Vabadussoja_Ajaloo_Komitee, lk 30
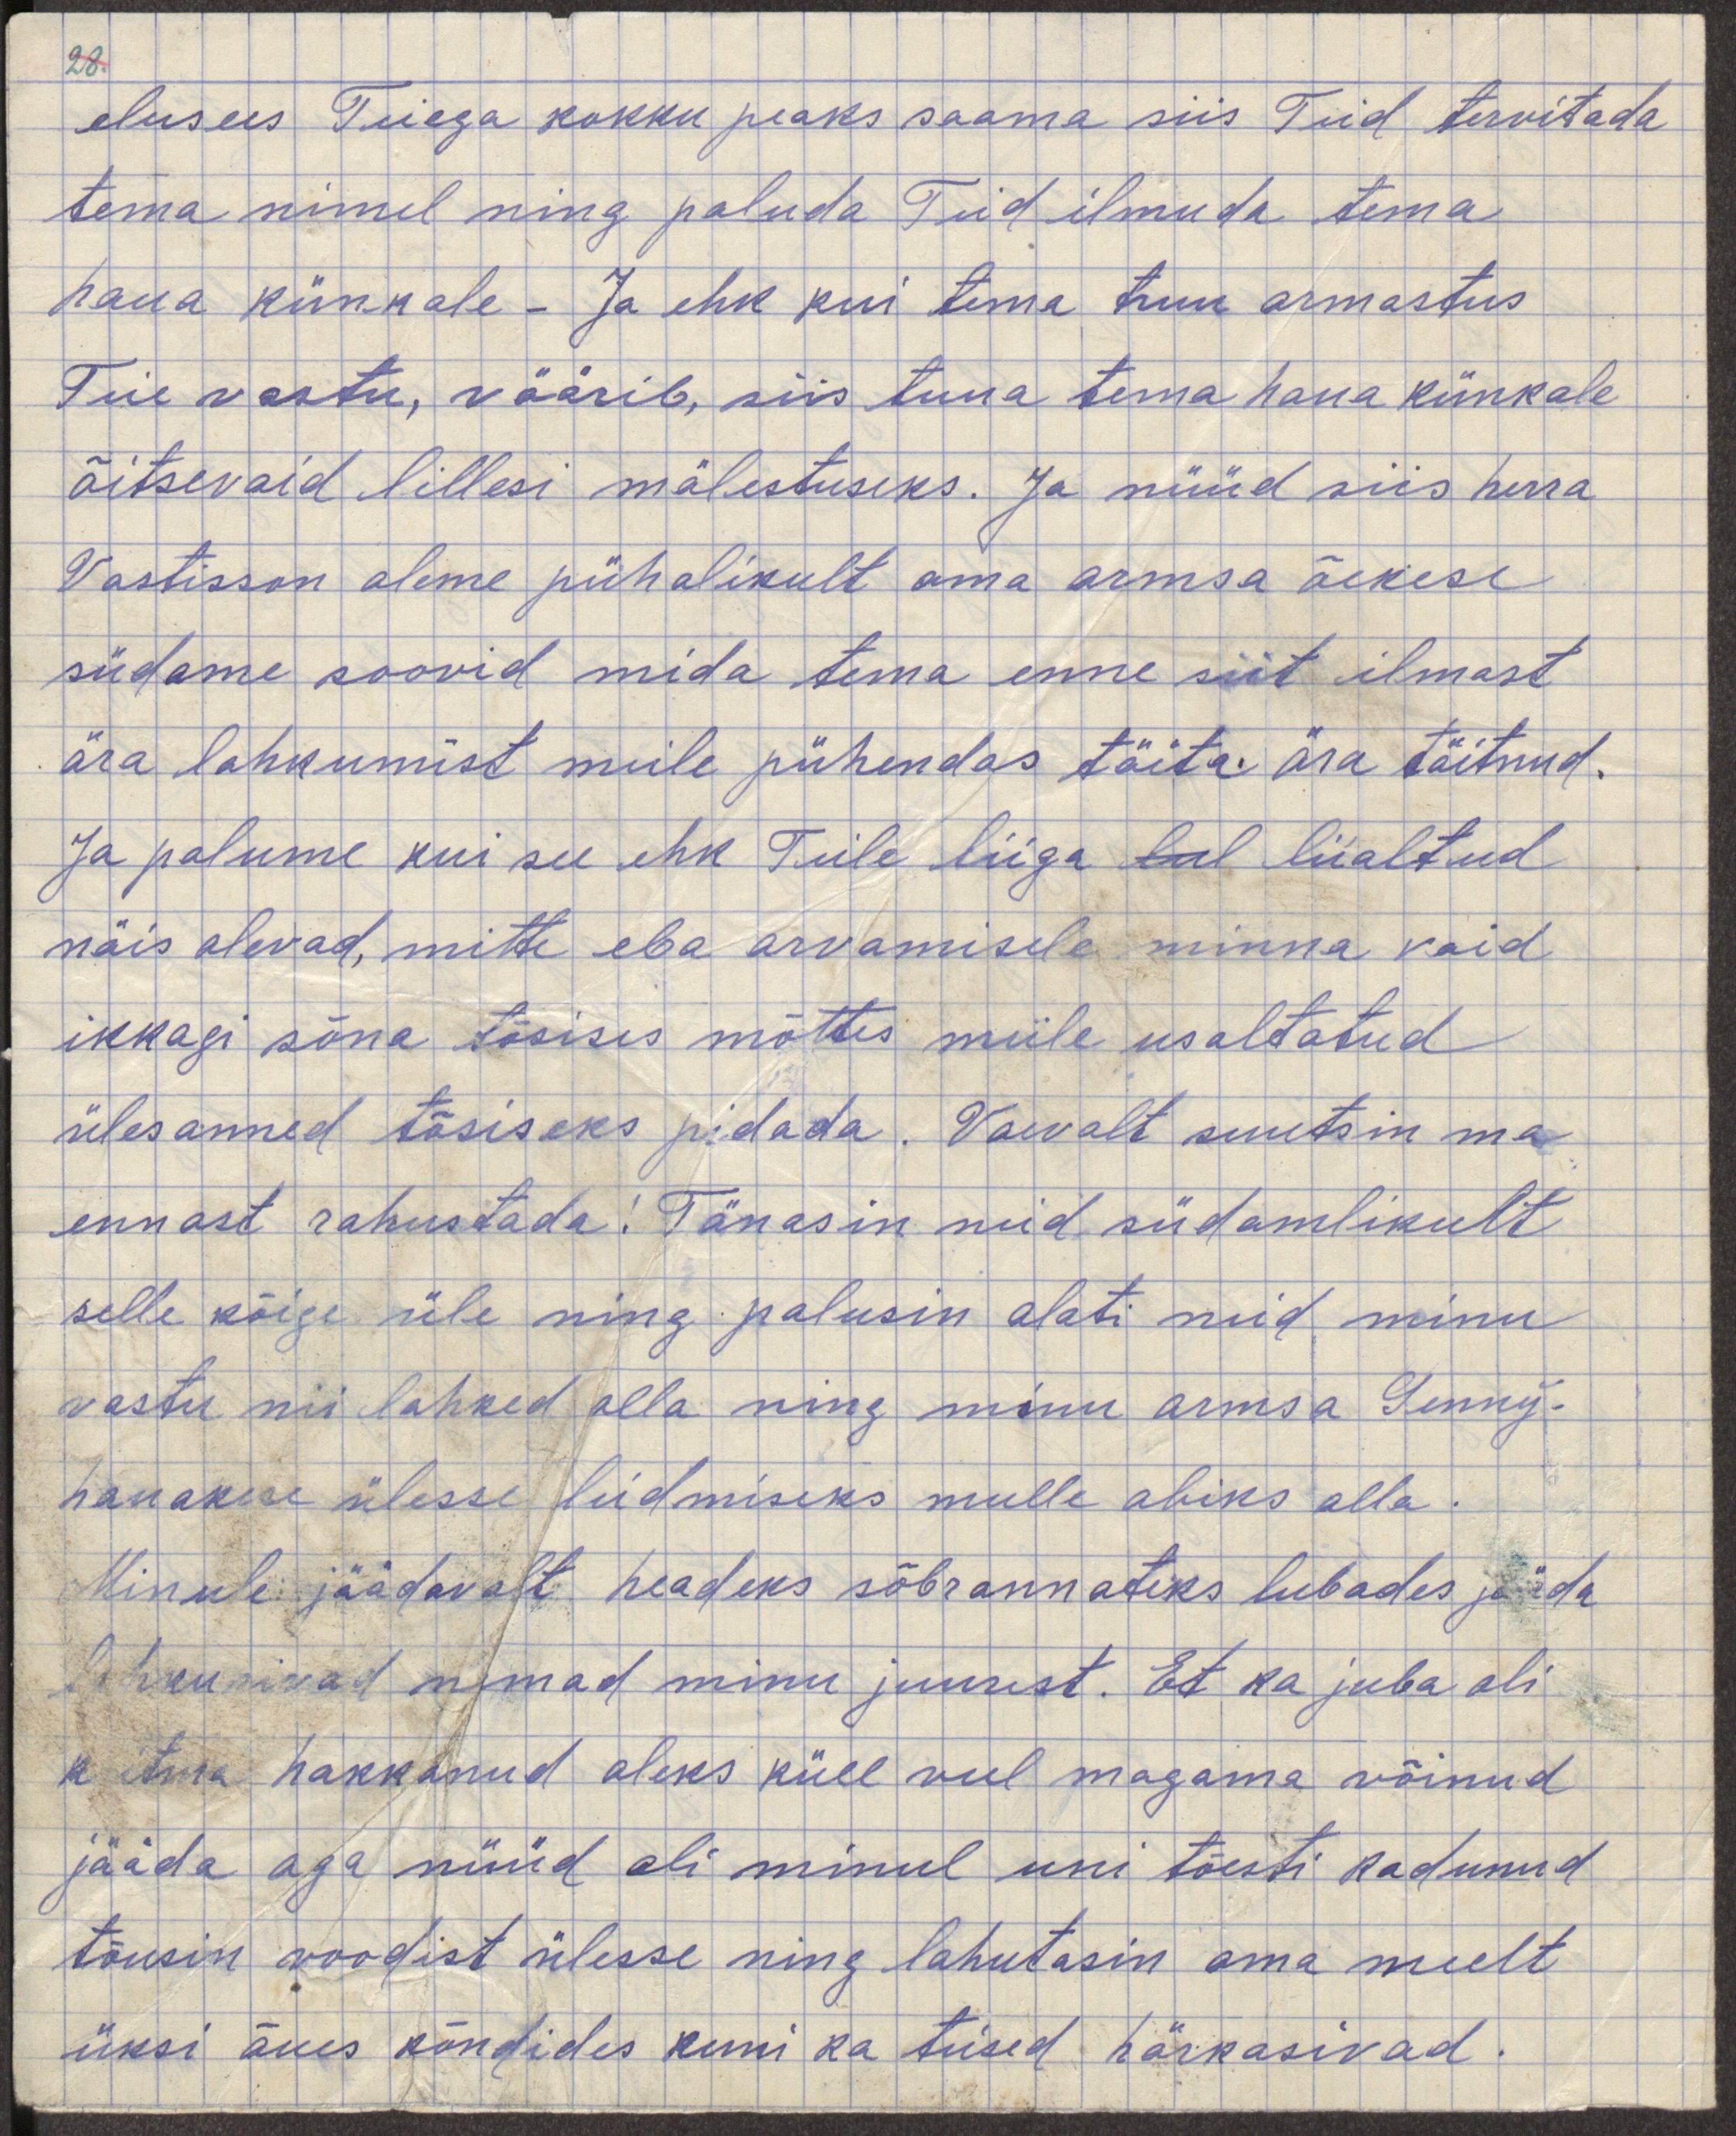
elusees Teiega kokku peaks saama siis Teid tervitada
tema nimel ning paluda Teil ilmuda tema
haua künkale. Ja ehk kui tema truu armastus
Teie vast, väärib, siis tuua tema haua künkale
õitsevaid lillesi mälestuseks. Ja nüüd siis herra
Vastisson oleme pühalikult oma armsa õekese
südame soovid mida tema enne siit ilmast
ära lahkumist meile pühendas ja täitsa ära täitnud.
Ja palume kui see ehk Teile liiga liialtud
näis olevat, mitte eba arvamisele minna vaid
ikkagi sõna tõsises mõttes meile usaldatud
ülesanded tõsiseks pidada. Vaevalt suutsin ma
ennast rahustada! Tänasin neid südamlikult
selle kõige üle ning palusin alati neid minu
vastu nii lahked olla ning minu armsa Senny
hauakese ülesse leidmiseks mulle abiks olla
Minule jäädavalt headeks sõbrannadeks lubades jääda
lahkuvad nemad minu juurest. Et ma juba oli
kurtma hakkanud oleks küll veel magama võinud
jääda aga nüüd oli minul uni tõesti kadunud
tõusin voodist ülesse ning lahutasin oma meelt
üksi õues kõndides kuni ka teised härkasivad.